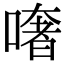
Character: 𠾏